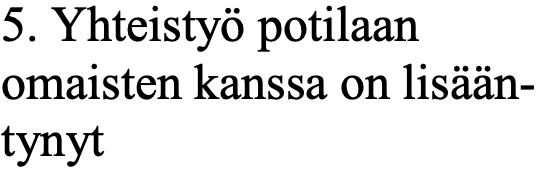
5. Yhteistyö potilaan omaisten kanssa on lisään- tynyt